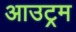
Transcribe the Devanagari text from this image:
आउट्रम